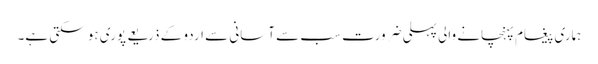
ہماری پیغام پہنچانے والی پہلی ضرورت سب سے آسانی سے اردو کے ذریعے پوری ہو سکتی ہے۔